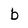
Character: b